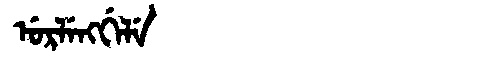
Manchu: ᡠᡵᠯᡝᠩᡤᡝᠯᡝ
Romanization: URLENGGELE